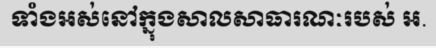
ទាំងអស់នៅក្នុងសាលសាធារណៈរបស់ អ.